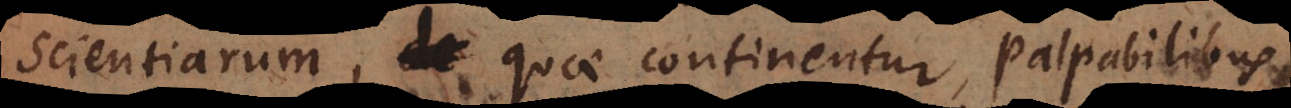
Scientiarum, quae continentur, palpabilibus